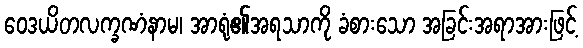
ဝေဒယိတလက္ခဏံနာမ၊ အာရုံ၏အရသာကို ခံစားသော အခြင်းအရာအားဖြင့်